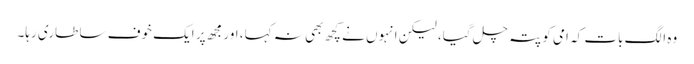
وہ الگ بات کہ امی کو پتہ چل گیا، لیکن انہوں نے کچھ بھی نہ کہا، اور مجھ پر ایک خوف سا طاری رہا۔